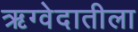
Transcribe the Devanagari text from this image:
ऋग्वेदातीला